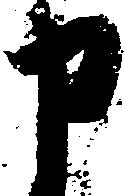
申